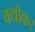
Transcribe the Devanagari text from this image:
क्योकर